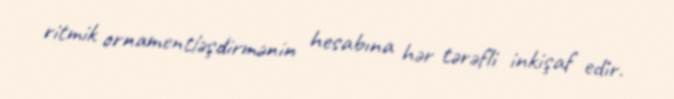
ritmik ornamentləşdirmənin hesabına hər tərəfli inkişaf edir.